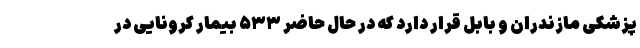
پزشکی مازندران و بابل قرار دارد که در حال حاضر ۵۳۳ بیمار کرونایی در